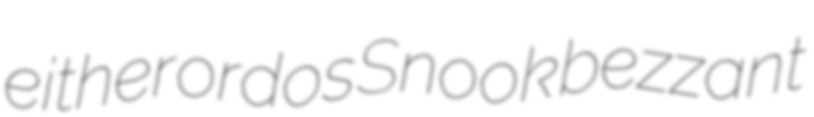
either ordos Snook bezzant